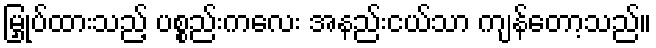
မြှုပ်ထားသည့် ပစ္စည်းကလေး အနည်းငယ်သာ ကျန်တော့သည်။